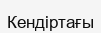
Кендіртағы